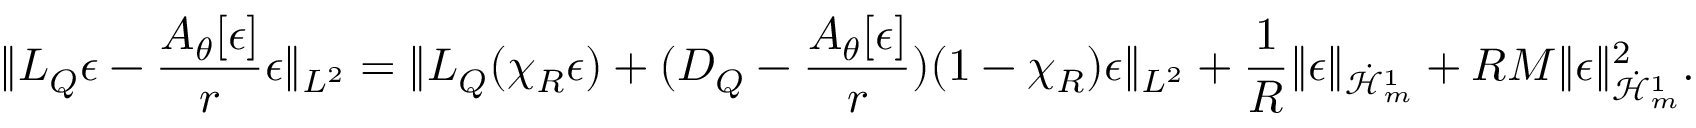
\| L _ { Q } \epsilon - \frac { A _ { \theta } [ \epsilon ] } { r } \epsilon \| _ { L ^ { 2 } } = \| L _ { Q } ( \chi _ { R } \epsilon ) + ( D _ { Q } - \frac { A _ { \theta } [ \epsilon ] } { r } ) ( 1 - \chi _ { R } ) \epsilon \| _ { L ^ { 2 } } + \frac { 1 } { R } \| \epsilon \| _ { \dot { \mathcal H } _ { m } ^ { 1 } } + R M \| \epsilon \| _ { \dot { \mathcal H } _ { m } ^ { 1 } } ^ { 2 } .